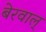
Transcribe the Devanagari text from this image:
बेरवाल्